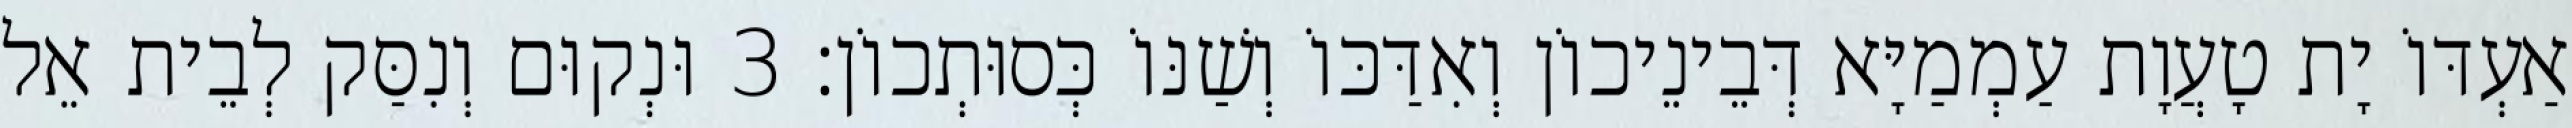
אַעְדּוֹ יָת טָעֲוָת עַמְמַיָּא דְּבֵינֵיכוֹן וְאִדַּכּוֹ וְשַׁנּוֹ כְּסוּתְכוֹן׃ 3 וּנְקוּם וְנִסַּק לְבֵית אֵל